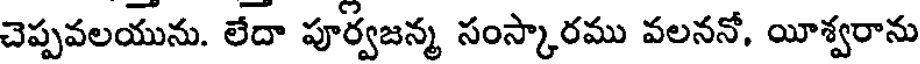
చెప్పవలయును. లేదా పూర్వజన్మ సంస్కారము వలననో, యీశ్వరాను